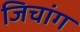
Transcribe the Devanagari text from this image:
जिचांग